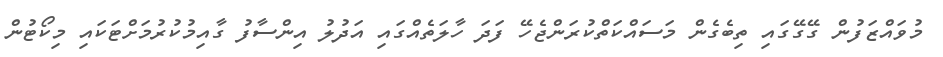
މުވައްޒަފުން ގޭގޭގައި ތިބެގެން މަސައްކަތްކުރަންޖެހޭ ފަދަ ހާލަތެއްގައި އަދުލު އިންސާފު ގާއިމުކުރުމަށްޓަކައި މިކޯޓުން